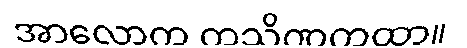
အာလောက ကသိဏကထာ။